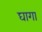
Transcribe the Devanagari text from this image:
घागा